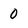
Character: 0